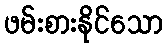
ဖမ်းစားနိုင်သော